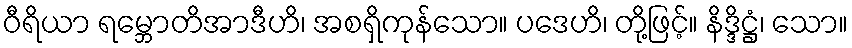
ဝီရိယာ ရမ္ဘောတိအာဒီဟိ၊ အစရှိကုန်သော။ ပဒေဟိ၊ တို့ဖြင့်။ နိဒ္ဒိဋ္ဌံ၊ သော။